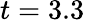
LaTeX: t=3.3